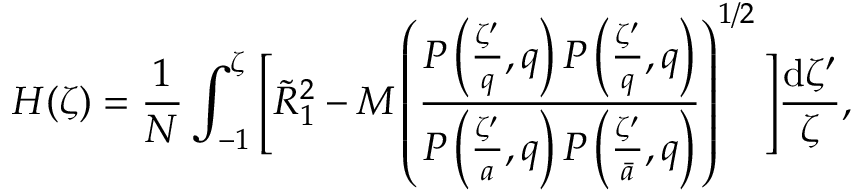
H ( \zeta ) = \frac { 1 } { N } \int _ { - 1 } ^ { \zeta } \Bigg [ \tilde { R } _ { 1 } ^ { 2 } - M \left( \frac { P \left( \frac { \zeta ^ { \prime } } { q } , q \right) P \left( \frac { \zeta ^ { \prime } } { q } , q \right) } { P \left( \frac { \zeta ^ { \prime } } { a } , q \right) P \left( \frac { \zeta ^ { \prime } } { \bar { a } } , q \right) } \right) ^ { 1 / 2 } \Bigg ] \frac { \mathrm { d } \zeta ^ { \prime } } { \zeta } ,